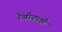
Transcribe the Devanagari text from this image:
रेखीयपक्षी